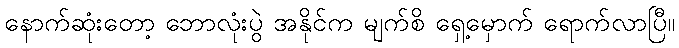
နောက်ဆုံးတော့ ဘောလုံးပွဲ အနိုင်က မျက်စိ ရှေ့မှောက် ရောက်လာပြီ။